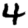
Digit: 4